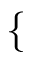
\{